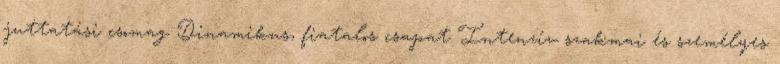
juttatási csomag Dinamikus, fiatalos csapat Intenzív szakmai és személyes